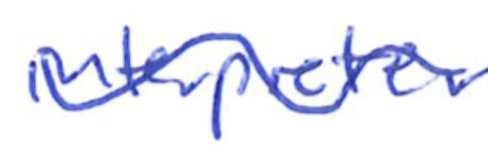
Text: interpreter
Cross-out: wave
Writing tool: ballpoint